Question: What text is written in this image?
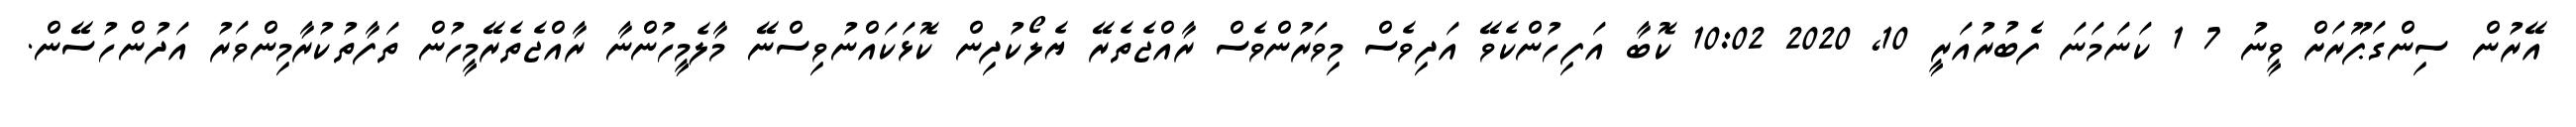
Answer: އޭރުން ސިންގަޕޫރަށް ވީނު 7 1 ކަނަމަނަ ފެބުރުއަރީ 10, 2020 10:02 ކޮބާ އަފިހުންކެވޭ އަދިވެސް މިވަރުންވެސް ރާއްޖެތެރޭ ޔެލޯކުދިން ކޮޅަކައްނުވިސްނޭ މާލެމީހުންނާ ރާއްޖެތެރޭމީހުން ތަފާތުކުރާމިންވަރު އަދުންހުސޭން.